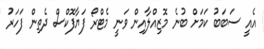
އެއީ ސަބަބު ކަމަށް ބުނެ މޮޒިއްލާއިން ވަނީ މެޓްރޯ ފަޔާފޮކްސް ދެތިން ފަހަރު